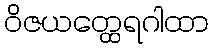
ဝိဇယတ္ထေရဂါထာ